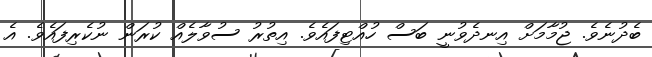
ބެދުނެވެ. ޖުމާމަށް އިނދެވުނީ ބަސް ހުއްޓިފައެވެ. އިތުރު ސުވާލެއް ކުރަން ނުކެރިފައެވެ. އެ